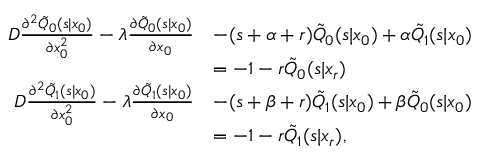
\begin{array} { r l } { D \frac { \partial ^ { 2 } \tilde { Q } _ { 0 } ( s | x _ { 0 } ) } { \partial x _ { 0 } ^ { 2 } } - \lambda \frac { \partial \tilde { Q } _ { 0 } ( s | x _ { 0 } ) } { \partial x _ { 0 } } } & { - ( s + \alpha + r ) \tilde { Q } _ { 0 } ( s | x _ { 0 } ) + \alpha \tilde { Q } _ { 1 } ( s | x _ { 0 } ) } \\ & { = - 1 - r \tilde { Q } _ { 0 } ( s | x _ { r } ) } \\ { D \frac { \partial ^ { 2 } \tilde { Q } _ { 1 } ( s | x _ { 0 } ) } { \partial x _ { 0 } ^ { 2 } } - \lambda \frac { \partial \tilde { Q } _ { 1 } ( s | x _ { 0 } ) } { \partial x _ { 0 } } } & { - ( s + \beta + r ) \tilde { Q } _ { 1 } ( s | x _ { 0 } ) + \beta \tilde { Q } _ { 0 } ( s | x _ { 0 } ) } \\ & { = - 1 - r \tilde { Q } _ { 1 } ( s | x _ { r } ) , } \end{array}